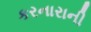
કરનારાની